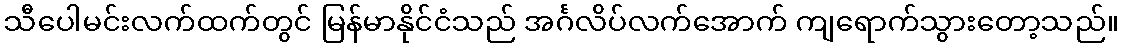
သီပေါမင်းလက်ထက်တွင် မြန်မာနိုင်ငံသည် အင်္ဂလိပ်လက်အောက် ကျရောက်သွားတော့သည်။